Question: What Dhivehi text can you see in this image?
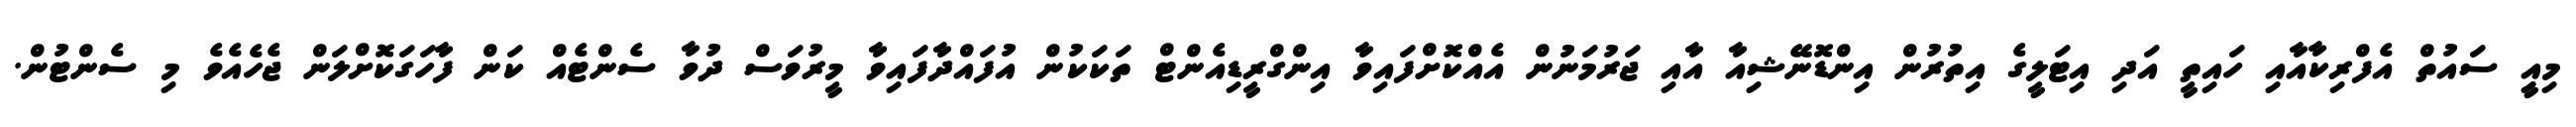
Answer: މިއިީ ސައުތް އެފްރިކާއާއި ހައިތީ އަދި އިޓަލީގެ އިތުރުން އިންޑޮނޭޝިއާ އާއި ޖަރުމަނުން އެއްކޮށްފައިވާ އިންގްރީޑިއެންޓް ތަކަކުން އުފައްދާފައިވާ މީރުވަސް ދުވާ ސެންޓެއް ކަން ފާހަގަކޮށްލަން ޖެހެއެވެ މި ސެންޓުން.